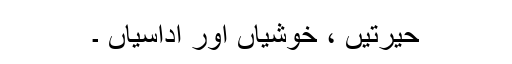
حیرتیں ، خوشیاں اور اداسیاں ۔